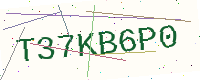
Text: T37KB6P0